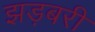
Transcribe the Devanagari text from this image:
झड़बरी